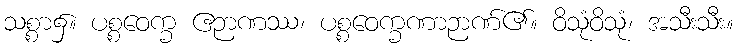
သစ္စာ၌။ ပစ္စဝေက္ခ ဧဉာဏဿ၊ ပစ္စဝေက္ခဏာဉာဏ်၏။ ဝိသုံဝိသုံ၊ အသီးသီး။